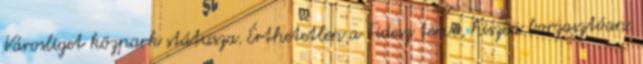
Városliget közpark státusza. Érthetetlen a Fidesz terve, hiszen borzasztóan.